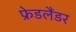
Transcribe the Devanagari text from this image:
फ्रेडलैंडर